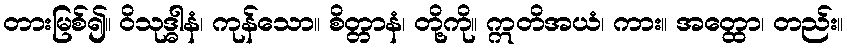
တားမြစ်၍။ ဝိသုဒ္ဓါနံ၊ ကုန်သော။ စိတ္တာနံ၊ တို့ကို။ ဣတိအယံ၊ ကား။ အတ္ထော၊ တည်း။